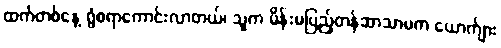
ထက်တစ်နေ့ ရွံစရာကောင်းလာတယ်၊ သူက မိန်းမပြည့်တန်ဆာသာမက ယောက်ျား